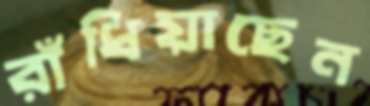
রাঁধিয়াছেন